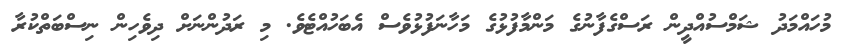
މުހައްމަދު ޝަމްސުއްދީން ރަސްގެފާނުގެ މަންމާފުޅުގެ މަހާނަފުޅުވެސް އެބަހުއްޓެވެ. މި ރަދުންނަށް ދިވެހިން ނިސްބަތްކުރާ